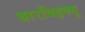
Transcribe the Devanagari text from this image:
बारबिइक्यू